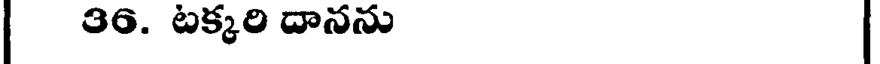
36. టక్కరి దానను